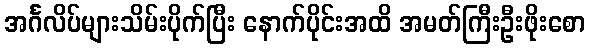
အင်္ဂလိပ်များသိမ်းပိုက်ပြီး နောက်ပိုင်းအထိ အမတ်ကြီးဦးဖိုးစော